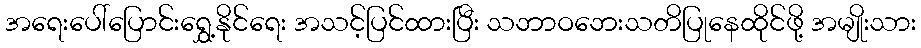
အရေးပေါ်ပြောင်းရွှေ့နိုင်ရေး အသင့်ပြင်ထားပြီး သဘာဝဘေးသတိပြုနေထိုင်ဖို့ အမျိုးသား